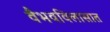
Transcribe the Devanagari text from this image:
वैभवविलासात